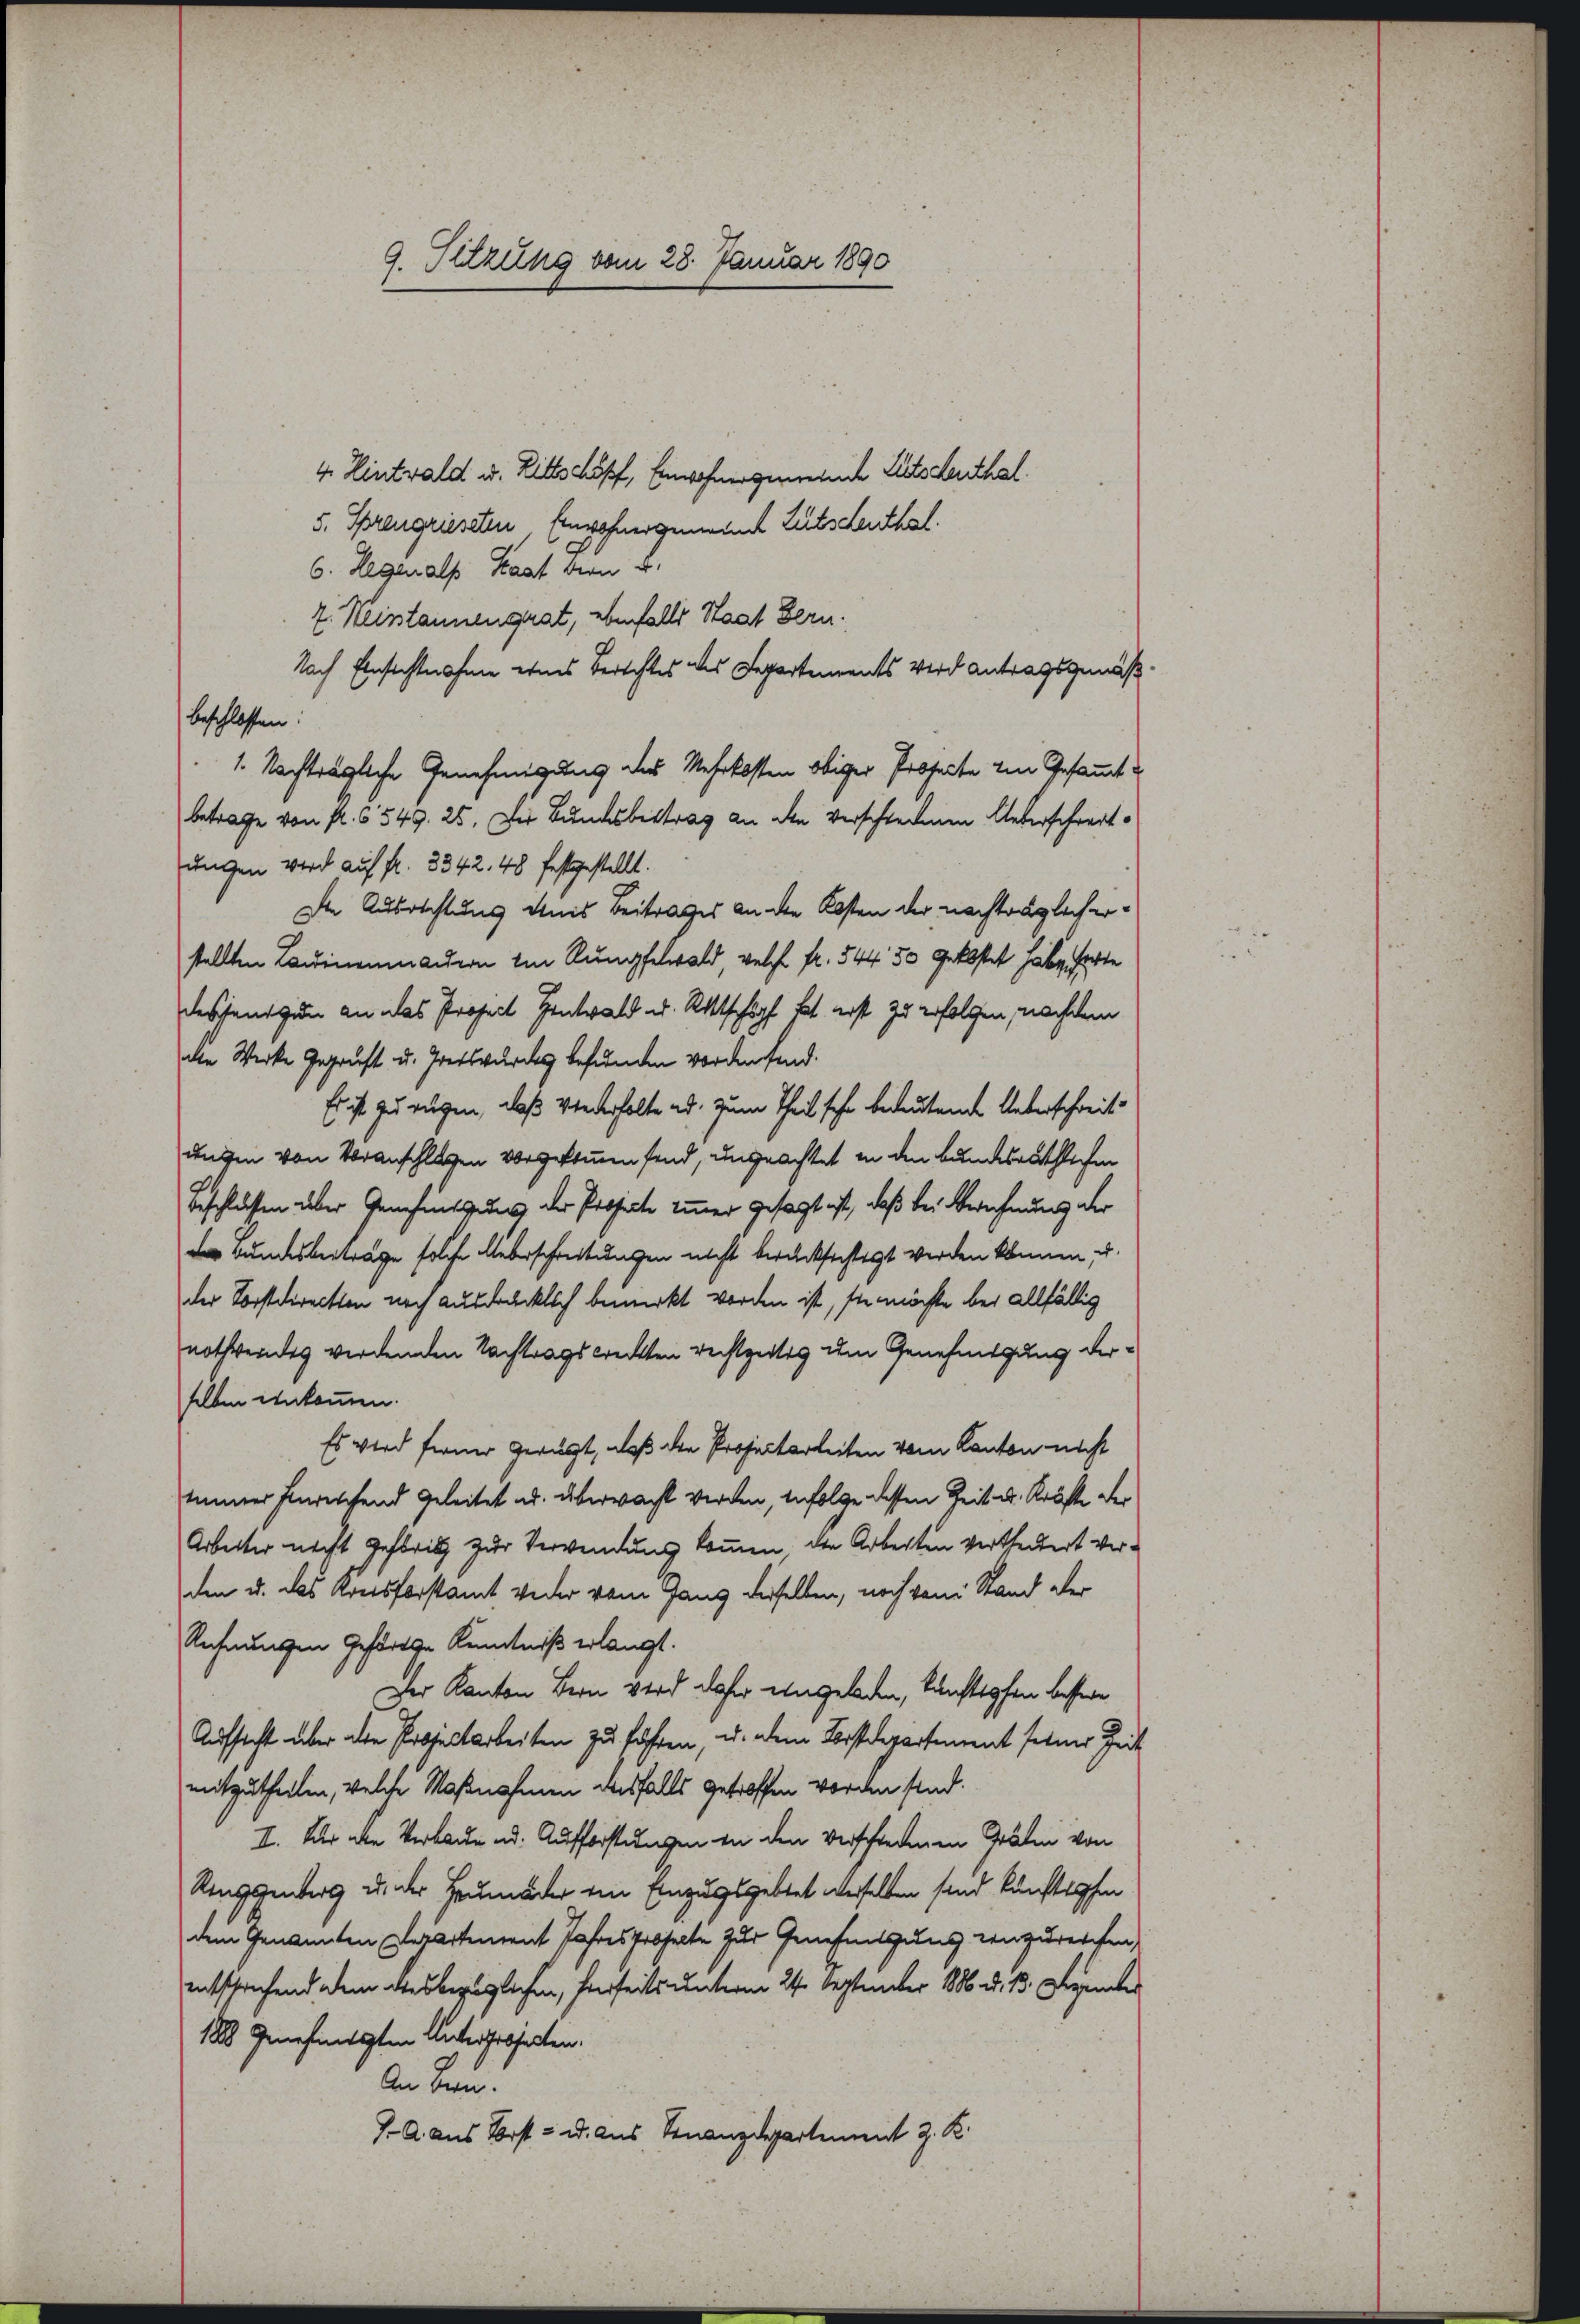
9. Sitzung vom 28. Januar 1890

4. Hintwald u. Bittschöpf, Einwohnergemeinde Litschenthal.
5. Sprengriesten. Einwohnergemeinde Zutschenthal.
6. Legenalp Hast dern u.
7. Neintannengrat, ebenfalls Staat Bern.
Nach Einsichtnahme eines Berichtes des Departements Wird antragsgemäßbeschlossen:
1. Nachträgliche Genehmigung des Mehrkosten obiger Prosecte von Gesammt u
betrage von fl. 6549. 25. Der Bundesbestrag an den verschiedenen Ueberschreitungen wird auf fr. 3342. 48 festgestellt.
Die Ausrichtung eines Beitrages an die Kosten der nachträglich erstellten Laudinenmandern ein Rumpfelwald, welche fr. 544. 50 gekostet habe hatte
deschens zum an das Project Hentwald u. Rittschöpft hat erst zu erfolgen, nachdem
de Werke Geprüft u. Gretswürdes befunden wordensend.
Es ist zu rügen, daß Wiederholte ad. zum Theil sehr bedeutende Ueberschreitungen von Voranschlagen vorgekommensend, ungeachtet in den Bundesräthlichen
Beschlüssen über Genehmigung der Prosecte immer gesagt ist, daß bei Berechnung der
 Bundesbeiträge solche Ueberschreitungen nicht berücksichtigt werden können, u.
der Vorstdirecten noch ausdrücklich bemerkt worden ist, sie möchte bei allfällig
nothwendes werdenden Nachtragstreckten rechtzeitig um Genehmigung derselben einkommen.
Es wird ferner gerügt, daß die Projectarleiten vom Kanton nicht
immer hinrechend geleitet ad überwacht werden, infolge dessen Zeit u. Kräfte der
Arbeiter nicht gestritt zur Verwendung kommen, die Arbeiten vertheidert verden u. das Kreisforstamt weder vom Gang derselben, noch vom Stand der
Rechnungen gehörte Kenntniß erlangt.
Der Kanton Bern wird daher eingeladen, künftspfen bessere
Aufsicht über aber Projectarbeiten zu führen, u. dem Forstdepartement seiner Zeit
mitzutheilen, welche Maßnahmen ausfalls getroffen worden sind.
I. Der aber Verbaue ad. Aufforstungen in den verschiedenen Gräten von
Riggenberg u. der Heumoder von Einzugsgebtet derselben sind kunftlichen
dem Genannten Departement Jahresfroherte zur Genehmigung einzureichen,
entschrichend dem diesbezüglichen, hierseits unterm 24. September 1886. 13. Dezember
1818. Genehmigten Unterhobjecten.
An dern.
7. A. aus Vorst- u. aus Finanzdepartement z. K.